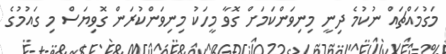
މަގުމައްޗައް ނުކުމެ ދިނީ މިނިވަންކަމަށް ގޮވާ މީހަކު މިނިވަންކުރަން ގޮވިޔަސް މި ގައުމުގެ